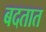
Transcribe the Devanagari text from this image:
बदतात